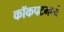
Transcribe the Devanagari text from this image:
कॉकपटमध्ये